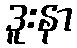
ဒူးနာ